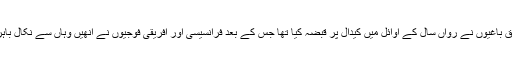
طوارق باغیوں نے رواں سال کے اوائل میں کیدال پر قبضہ کیا تھا جس کے بعد فرانسیسی اور افریقی فوجیوں نے انھیں وہاں سے نکال باہر کیا۔